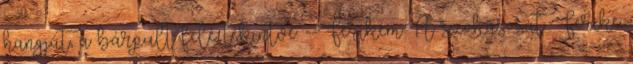
hangját, a bárpult felé tekintve: --Ferikém A szokásosat Ferike